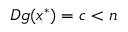
D g ( x ^ { * } ) = c < n